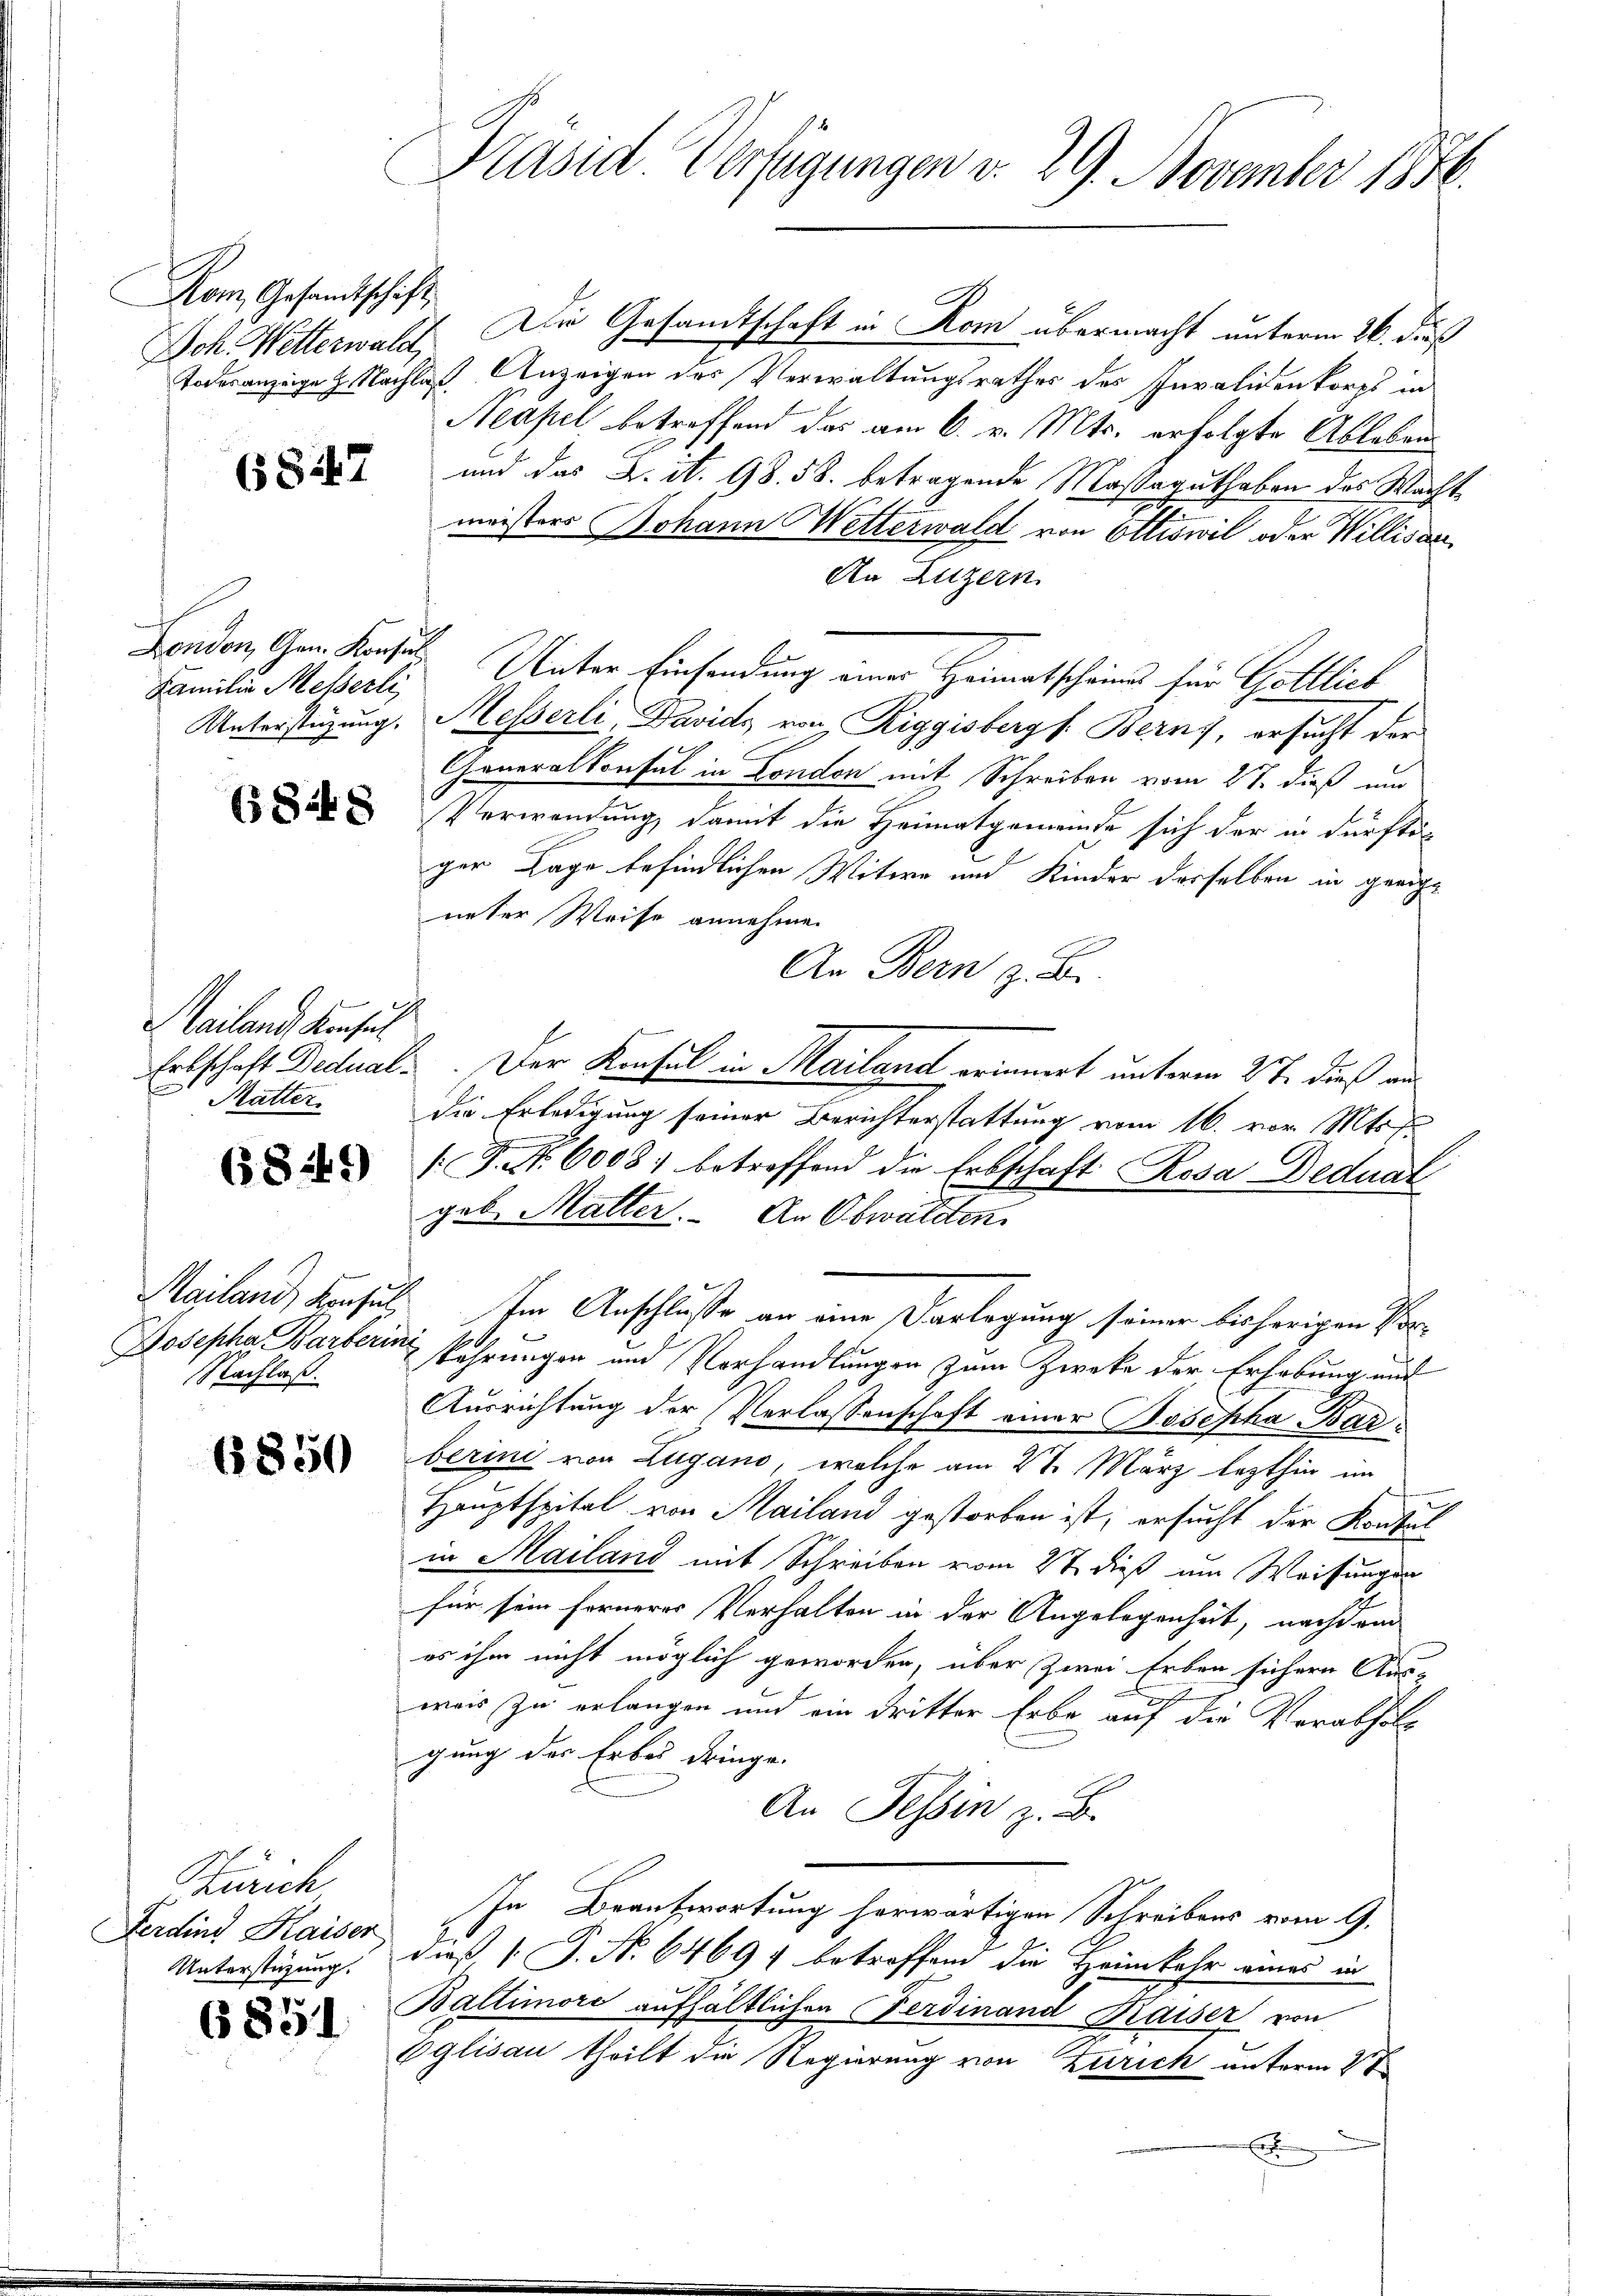
Kom Gesandtschift

Familie Messerli

Mailand Konsul

Nachlaß.

6850

Zürich
Ferdine Kaiser
Unterstüzung.

6851

Jch. Wetterwald. Die Gesandtschaft in Rom übermacht unterm 26. dieß
Todesanzeige z. Nachlaß Anzeigen des Verwaltungsrathes des Invalidenkorps in
Neapel betreffend das am 6. v. Mts. erfolgte Ableben
2 und das K. A. 98. 58. betragende Massaguthaben des Wacht.
meisters Johann Wetterwald von Ottiswil oder Willisau
An Luzern
Zenden, dem Konsen Unter Einsendung einer Heimatscheines für Golllich
Unterstüzung. Hesserli, Davids von Riggisberg s. Berns, ersucht der
Generalkonsul in London mit Schreiben vom 27. dieß um
Verwendung, damit die Heimatgemeinde sich der in dürftiger Lage befindlichen Witwe und Kinder derselben in geeige
ueter Weise annehmen
An Bern z. B.
Erbschaft Dedual: Der Konsul in Mailand erinnert unterm 2te dieß au
Mutter. Die Erledigung seiner Berichterstattung vom 16. vor. Mts. f.
 P. Nr. 60081 betreffend die Erbschaft Rosa Deduat
geb. Mutter. An Obwalden
Mailand, Krasul Im Anschluße an eine Vorlegung seiner bisherigen Vor¬
Josepha Barberin kehrungen und Vorhandlungen zum Zwecke der Erhebung und
Ausrichtung der Verlassenschaft einer Josepha Barberini von Zugano, welche am 21. März lezthin im
Hauptspital von Mailand gestorben ist; ersucht der Konsul
in Mailand mit Schreiben vom 2t dieß um Weisungen
für sein ferneres Verhalten in der Angelegenheit, nachdem
es ihm nicht möglich geworden, über zwei Erben sichern Aus-
weis zu erlangen und ein dritter Erbe auf die Verabfolg
gung der Erbes dringe.
An Tessin z. B.
In Beantwortung herwärtigen Schreibens vom 9.
dieß P. Nr. 64697 betroffend die Heimkehr eines in
Baltimore aufhältlichen Ferdinand Kaiser von
Eglisau theilt die Regierung von Zürich unterm 2t
x

Präsid Verfügungen d. 29. November 1886.